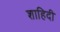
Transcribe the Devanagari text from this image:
शाहिदी